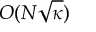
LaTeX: O ( N { \sqrt { \kappa } } )